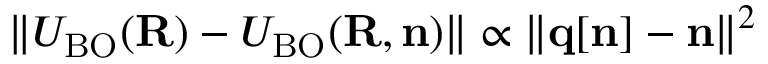
\| U _ { \mathrm { B O } } ( { \bf R } ) - { \cal U } _ { \mathrm { B O } } ( { \bf R , n } ) \| \propto \| { \bf q [ n ] - n } \| ^ { 2 }